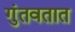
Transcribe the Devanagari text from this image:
गुंतवतात